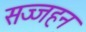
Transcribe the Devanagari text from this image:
सज्जहन